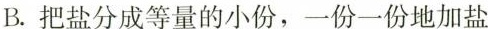
B.把盐分成等量的小份，一份一份地加盐